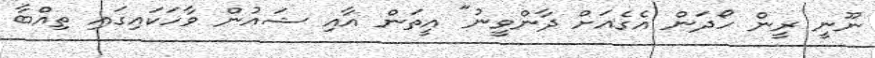
ނޫނީ ރީން ހޯދަން އެގެއަށް ދާންވީނު" އީތަން އާއި ޝައުން ވާހަކައިގައި ތިއްބާ